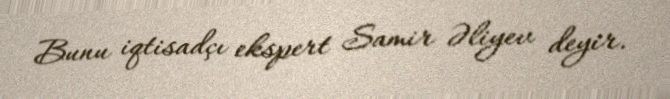
Bunu iqtisadçı ekspert Samir Əliyev deyir.